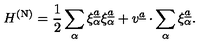
H ^ { \mathrm { ( N ) } } = { \frac { 1 } { 2 } } \sum _ { \alpha } \xi _ { \alpha } ^ { \underline { { a } } } \xi _ { \alpha } ^ { \underline { { a } } } + v ^ { \underline { { a } } } \cdot \sum _ { \alpha } \xi _ { \alpha } ^ { \underline { { a } } } .